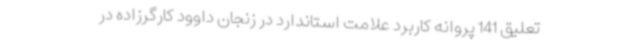
تعلیق 141 پروانه کاربرد علامت استاندارد در زنجان داوود کارگرزاده در